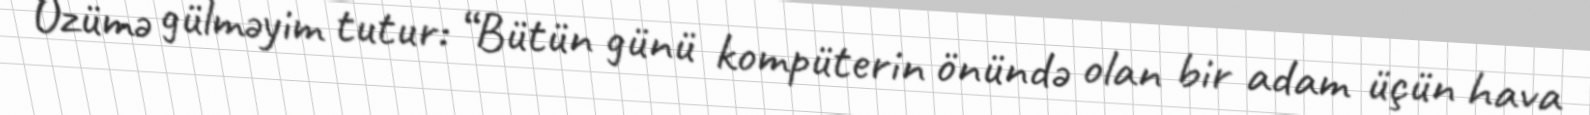
Özümə gülməyim tutur: “Bütün günü kompüterin önündə olan bir adam üçün hava